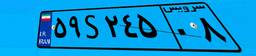
۵۹S۲۴۵۰۸